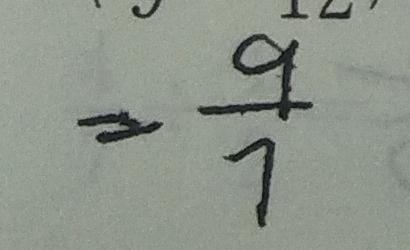
= \frac { 9 } { 7 }